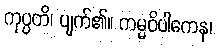
ကုပ္ပတိ၊ ပျက်၏။ ကမ္မဝိပါကေန၊